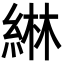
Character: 綝